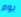
يوم